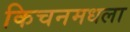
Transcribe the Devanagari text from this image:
किचनमधला